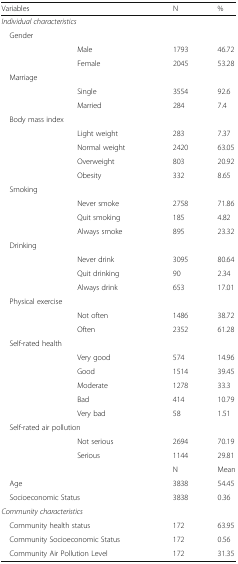
<table><thead><tr><td><b>Variables</b></td><td></td><td><b>N</b></td><td><b>%</b></td></tr></thead><tbody><tr><td colspan="4"><i>Individual characteristics</i></td></tr><tr><td colspan="4"> Gender</td></tr><tr><td></td><td>Male</td><td>1793</td><td>46.72</td></tr><tr><td></td><td>Female</td><td>2045</td><td>53.28</td></tr><tr><td colspan="2"> Marriage</td><td></td><td></td></tr><tr><td></td><td>Single</td><td>3554</td><td>92.6</td></tr><tr><td></td><td>Married</td><td>284</td><td>7.4</td></tr><tr><td colspan="4"> Body mass index</td></tr><tr><td></td><td>Light weight</td><td>283</td><td>7.37</td></tr><tr><td></td><td>Normal weight</td><td>2420</td><td>63.05</td></tr><tr><td></td><td>Overweight</td><td>803</td><td>20.92</td></tr><tr><td></td><td>Obesity</td><td>332</td><td>8.65</td></tr><tr><td colspan="4"> Smoking</td></tr><tr><td></td><td>Never smoke</td><td>2758</td><td>71.86</td></tr><tr><td></td><td>Quit smoking</td><td>185</td><td>4.82</td></tr><tr><td></td><td>Always smoke</td><td>895</td><td>23.32</td></tr><tr><td colspan="4"> Drinking</td></tr><tr><td></td><td>Never drink</td><td>3095</td><td>80.64</td></tr><tr><td></td><td>Quit drinking</td><td>90</td><td>2.34</td></tr><tr><td></td><td>Always drink</td><td>653</td><td>17.01</td></tr><tr><td colspan="4"> Physical exercise</td></tr><tr><td></td><td>Not often</td><td>1486</td><td>38.72</td></tr><tr><td></td><td>Often</td><td>2352</td><td>61.28</td></tr><tr><td colspan="4"> Self-rated health</td></tr><tr><td></td><td>Very good</td><td>574</td><td>14.96</td></tr><tr><td></td><td>Good</td><td>1514</td><td>39.45</td></tr><tr><td></td><td>Moderate</td><td>1278</td><td>33.3</td></tr><tr><td></td><td>Bad</td><td>414</td><td>10.79</td></tr><tr><td></td><td>Very bad</td><td>58</td><td>1.51</td></tr><tr><td colspan="4"> Self-rated air pollution</td></tr><tr><td></td><td>Not serious</td><td>2694</td><td>70.19</td></tr><tr><td></td><td>Serious</td><td>1144</td><td>29.81</td></tr><tr><td></td><td></td><td>N</td><td>Mean</td></tr><tr><td colspan="2"> Age</td><td>3838</td><td>54.45</td></tr><tr><td colspan="2"> Socioeconomic Status</td><td>3838</td><td>0.36</td></tr><tr><td colspan="4"><i>Community characteristics</i></td></tr><tr><td colspan="2"> Community health status</td><td>172</td><td>63.95</td></tr><tr><td colspan="2"> Community Socioeconomic Status</td><td>172</td><td>0.56</td></tr><tr><td colspan="2"> Community Air Pollution Level</td><td>172</td><td>31.35</td></tr></tbody></table>